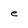
Character: e